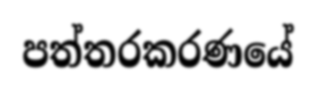
පත්තරකරණයේ